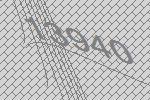
13940